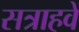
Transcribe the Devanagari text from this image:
सत्राहवें